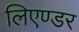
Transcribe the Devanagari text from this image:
लिएण्डर